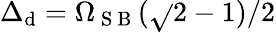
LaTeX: \Delta_{\mathrm{d}}=\Omega_{\mathrm{{~S~B~}}}(\sqrt{}{{2}}-1)/2